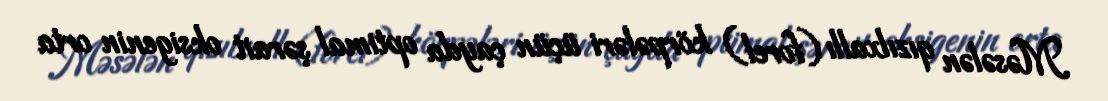
Məsələn qızılxallı (forel) körpələri üçün çayda optimal şərait oksigenin orta